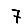
Digit: 7